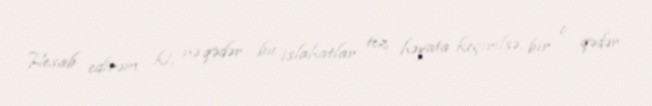
Hesab edirəm ki, nə qədər bu islahatlar tez həyata keçirilsə, bir o qədər